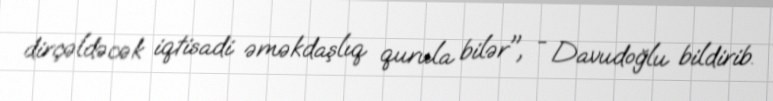
dirçəldəcək iqtisadi əməkdaşlıq qurula bilər", - Davudoğlu bildirib.